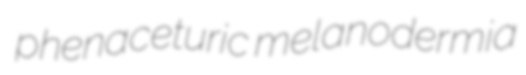
phenaceturic melanodermia